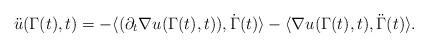
LaTeX: \begin{align*}\ddot{u}(\Gamma(t),t) = -\langle (\partial_t \nabla u(\Gamma(t),t) ) , \dot{\Gamma}(t)\rangle - \langle\nabla u(\Gamma(t),t), \ddot{\Gamma}(t)\rangle.\end{align*}